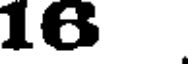
16